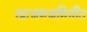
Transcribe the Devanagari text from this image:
खाजणजमिनीत